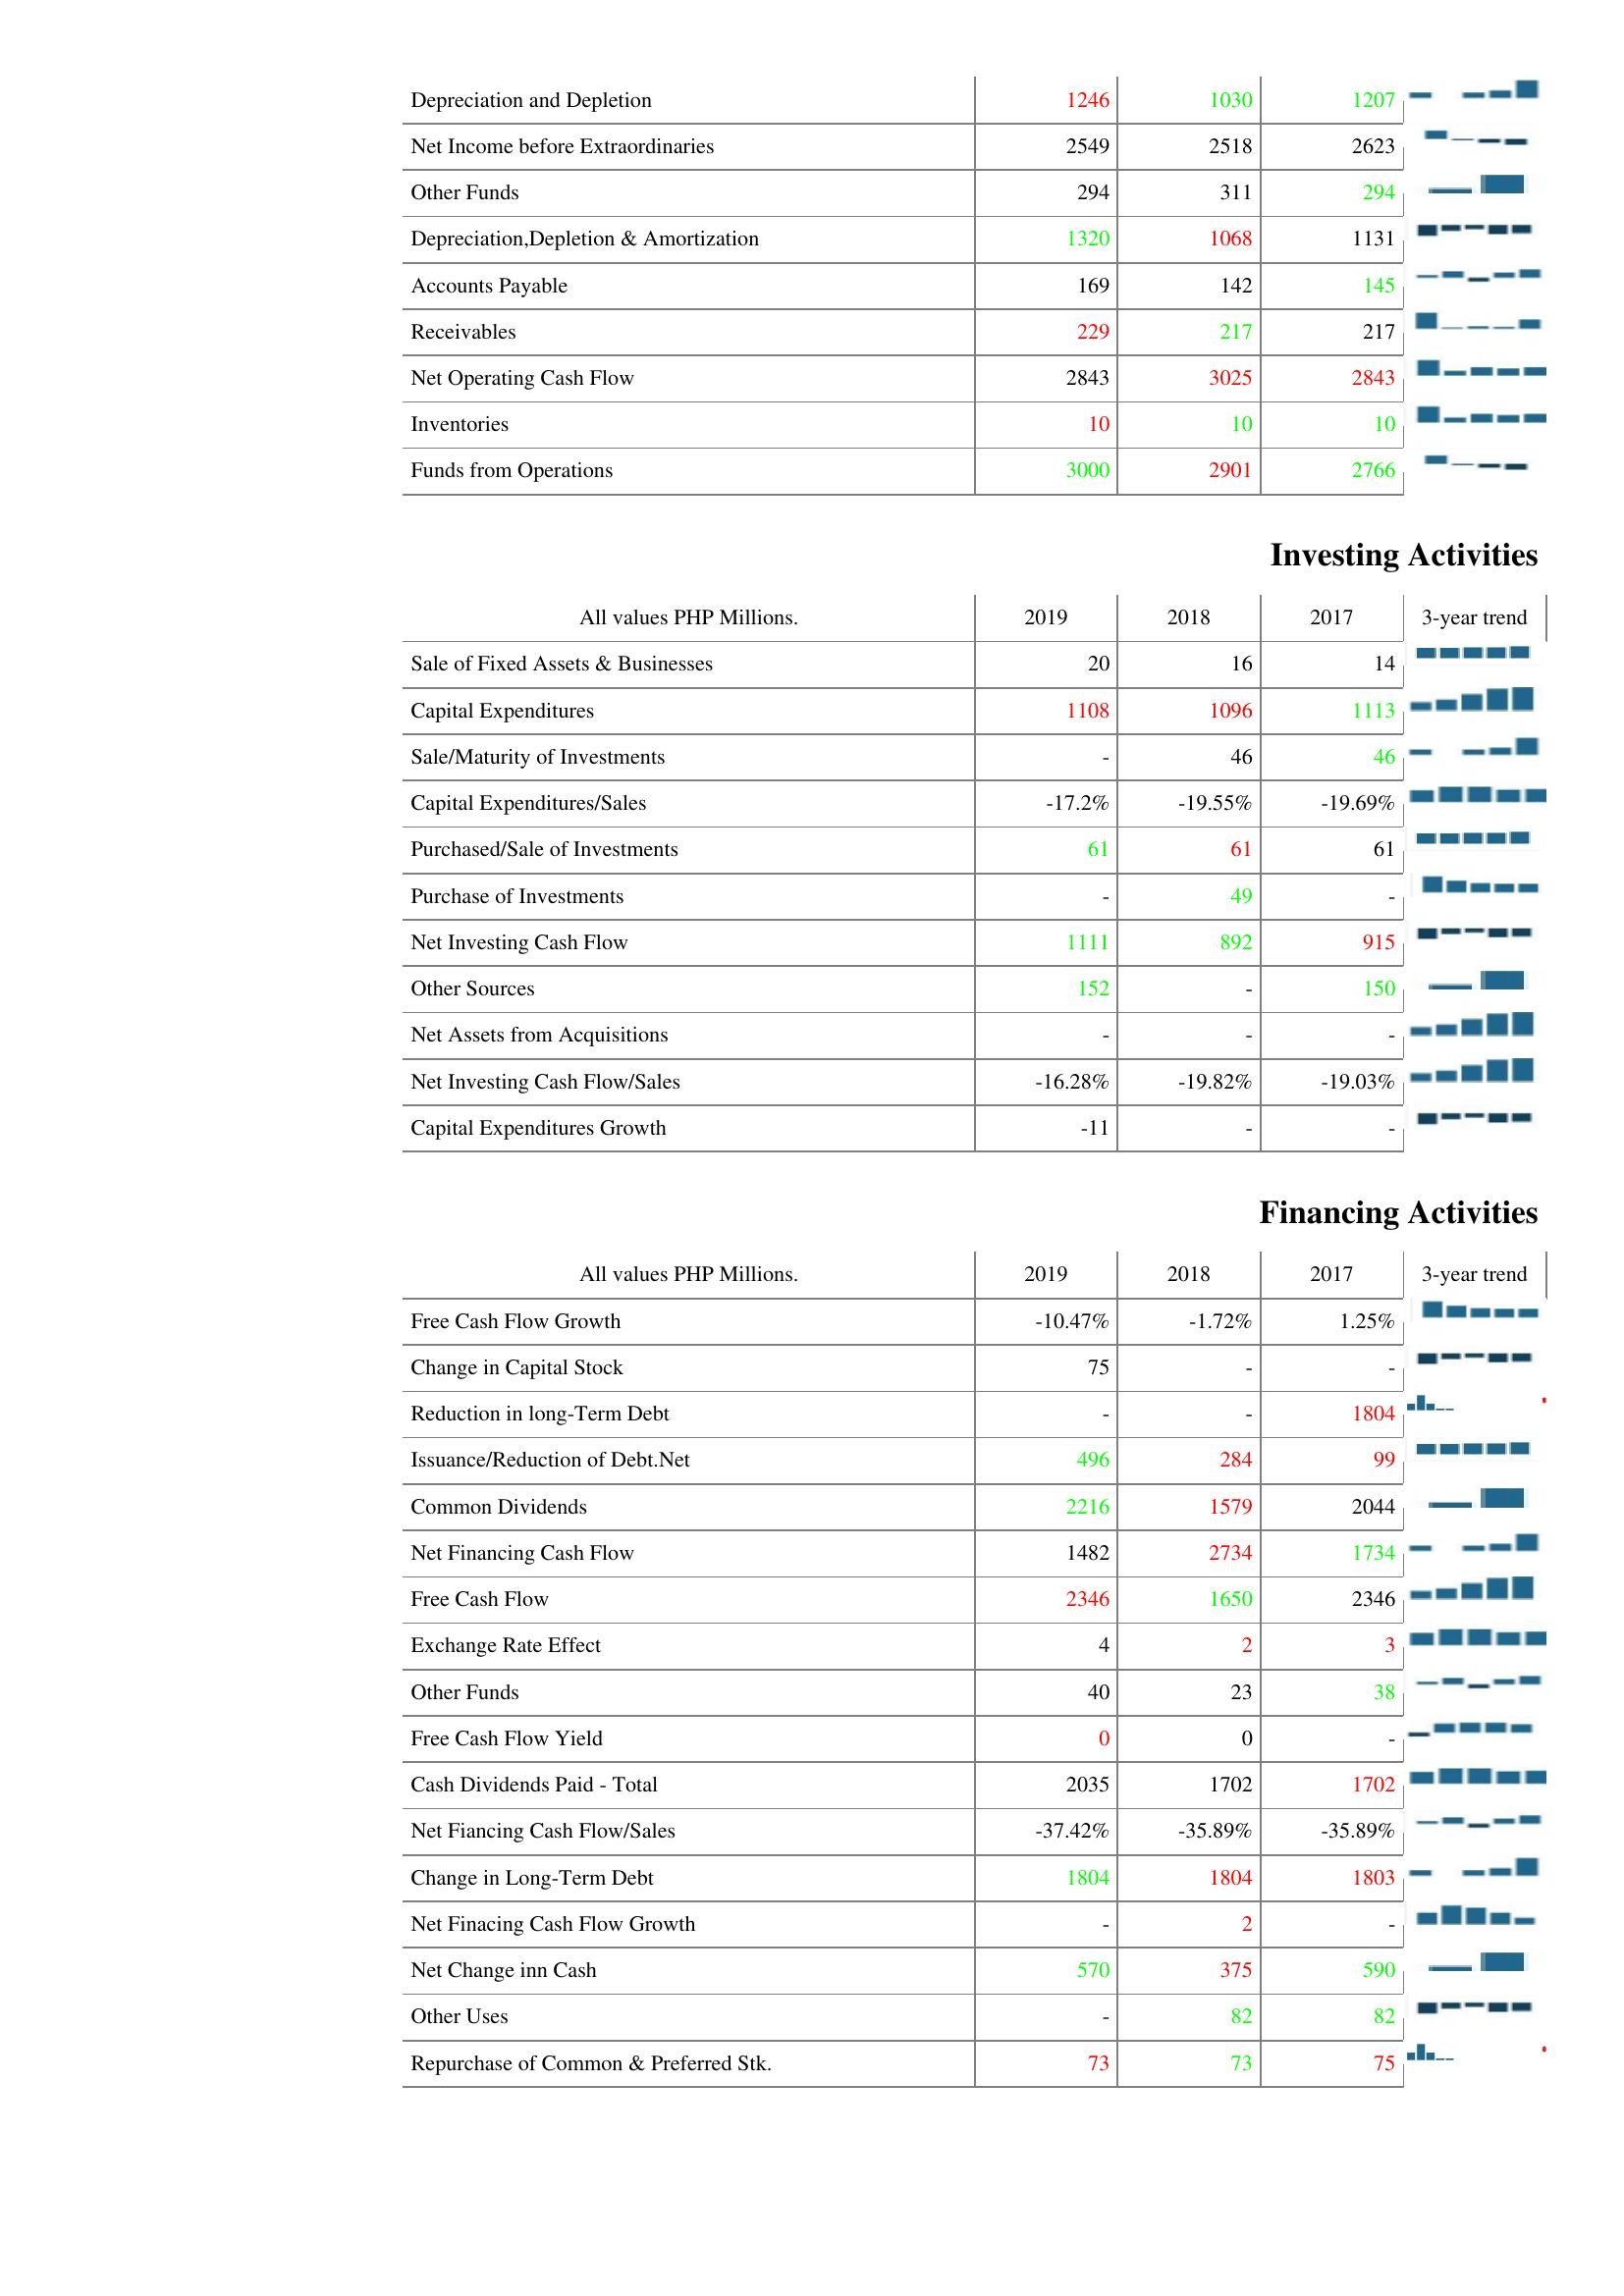
2019: Operating Activities: Depreciation and Depletion: 1246
Net Income before Extraordinaries: 2549
Other Funds: 294
Depreciation,Depletion & Amortization: 1320
Accounts Payable: 169
Receivables: 229
Net Operating Cash Flow: 2843
Inventories: 10
Funds from Operations: 3000
Investing Activities: Sale of Fixed Assets & Businesses: 20
Capital Expenditures: 1108
Sale/Maturity of Investments: -
Capital Expenditures/Sales: -17.2%
Purchased/Sale of Investments: 61
Purchase of Investments: -
Net Investing Cash Flow: 1111
Other Sources: 152
Net Assets from Acquisitions: -
Net Investing Cash Flow/Sales: -16.28%
Capital Expenditures Growth: -11
Financing Activities: Free Cash Flow Growth: -10.47%
Change in Capital Stock: 75
Reduction in long-Term Debt: -
Issuance/Reduction of Debt.Net: 496
Common Dividends: 2216
Net Financing Cash Flow: 1482
Free Cash Flow: 2346
Exchange Rate Effect: 4
Other Funds: 40
Free Cash Flow Yield: 0
Cash Dividends Paid - Total: 2035
Net Fiancing Cash Flow/Sales: -37.42%
Change in Long-Term Debt: 1804
Net Finacing Cash Flow Growth: -
Net Change inn Cash: 570
Other Uses: -
Repurchase of Common & Preferred Stk.: 73
2018: Operating Activities: Depreciation and Depletion: 1030
Net Income before Extraordinaries: 2518
Other Funds: 311
Depreciation,Depletion & Amortization: 1068
Accounts Payable: 142
Receivables: 217
Net Operating Cash Flow: 3025
Inventories: 10
Funds from Operations: 2901
Investing Activities: Sale of Fixed Assets & Businesses: 16
Capital Expenditures: 1096
Sale/Maturity of Investments: 46
Capital Expenditures/Sales: -19.55%
Purchased/Sale of Investments: 61
Purchase of Investments: 49
Net Investing Cash Flow: 892
Other Sources: -
Net Assets from Acquisitions: -
Net Investing Cash Flow/Sales: -19.82%
Capital Expenditures Growth: -
Financing Activities: Free Cash Flow Growth: -1.72%
Change in Capital Stock: -
Reduction in long-Term Debt: -
Issuance/Reduction of Debt.Net: 284
Common Dividends: 1579
Net Financing Cash Flow: 2734
Free Cash Flow: 1650
Exchange Rate Effect: 2
Other Funds: 23
Free Cash Flow Yield: 0
Cash Dividends Paid - Total: 1702
Net Fiancing Cash Flow/Sales: -35.89%
Change in Long-Term Debt: 1804
Net Finacing Cash Flow Growth: 2
Net Change inn Cash: 375
Other Uses: 82
Repurchase of Common & Preferred Stk.: 73
2017: Operating Activities: Depreciation and Depletion: 1207
Net Income before Extraordinaries: 2623
Other Funds: 294
Depreciation,Depletion & Amortization: 1131
Accounts Payable: 145
Receivables: 217
Net Operating Cash Flow: 2843
Inventories: 10
Funds from Operations: 2766
Investing Activities: Sale of Fixed Assets & Businesses: 14
Capital Expenditures: 1113
Sale/Maturity of Investments: 46
Capital Expenditures/Sales: -19.69%
Purchased/Sale of Investments: 61
Purchase of Investments: -
Net Investing Cash Flow: 915
Other Sources: 150
Net Assets from Acquisitions: -
Net Investing Cash Flow/Sales: -19.03%
Capital Expenditures Growth: -
Financing Activities: Free Cash Flow Growth: 1.25%
Change in Capital Stock: -
Reduction in long-Term Debt: 1804
Issuance/Reduction of Debt.Net: 99
Common Dividends: 2044
Net Financing Cash Flow: 1734
Free Cash Flow: 2346
Exchange Rate Effect: 3
Other Funds: 38
Free Cash Flow Yield: -
Cash Dividends Paid - Total: 1702
Net Fiancing Cash Flow/Sales: -35.89%
Change in Long-Term Debt: 1803
Net Finacing Cash Flow Growth: -
Net Change inn Cash: 590
Other Uses: 82
Repurchase of Common & Preferred Stk.: 75